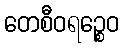
တေစီဝရဉ္စေဝ